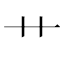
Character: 艹